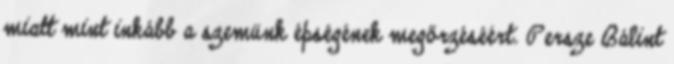
miatt mint inkább a szemünk épségének megőrzéséért. Persze Bálint